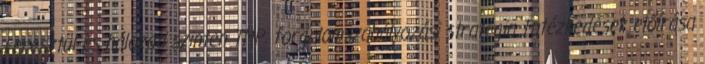
keresztül és hálózati szinten TMP: forgalomszabályozási stratégia Intézkedések előírása